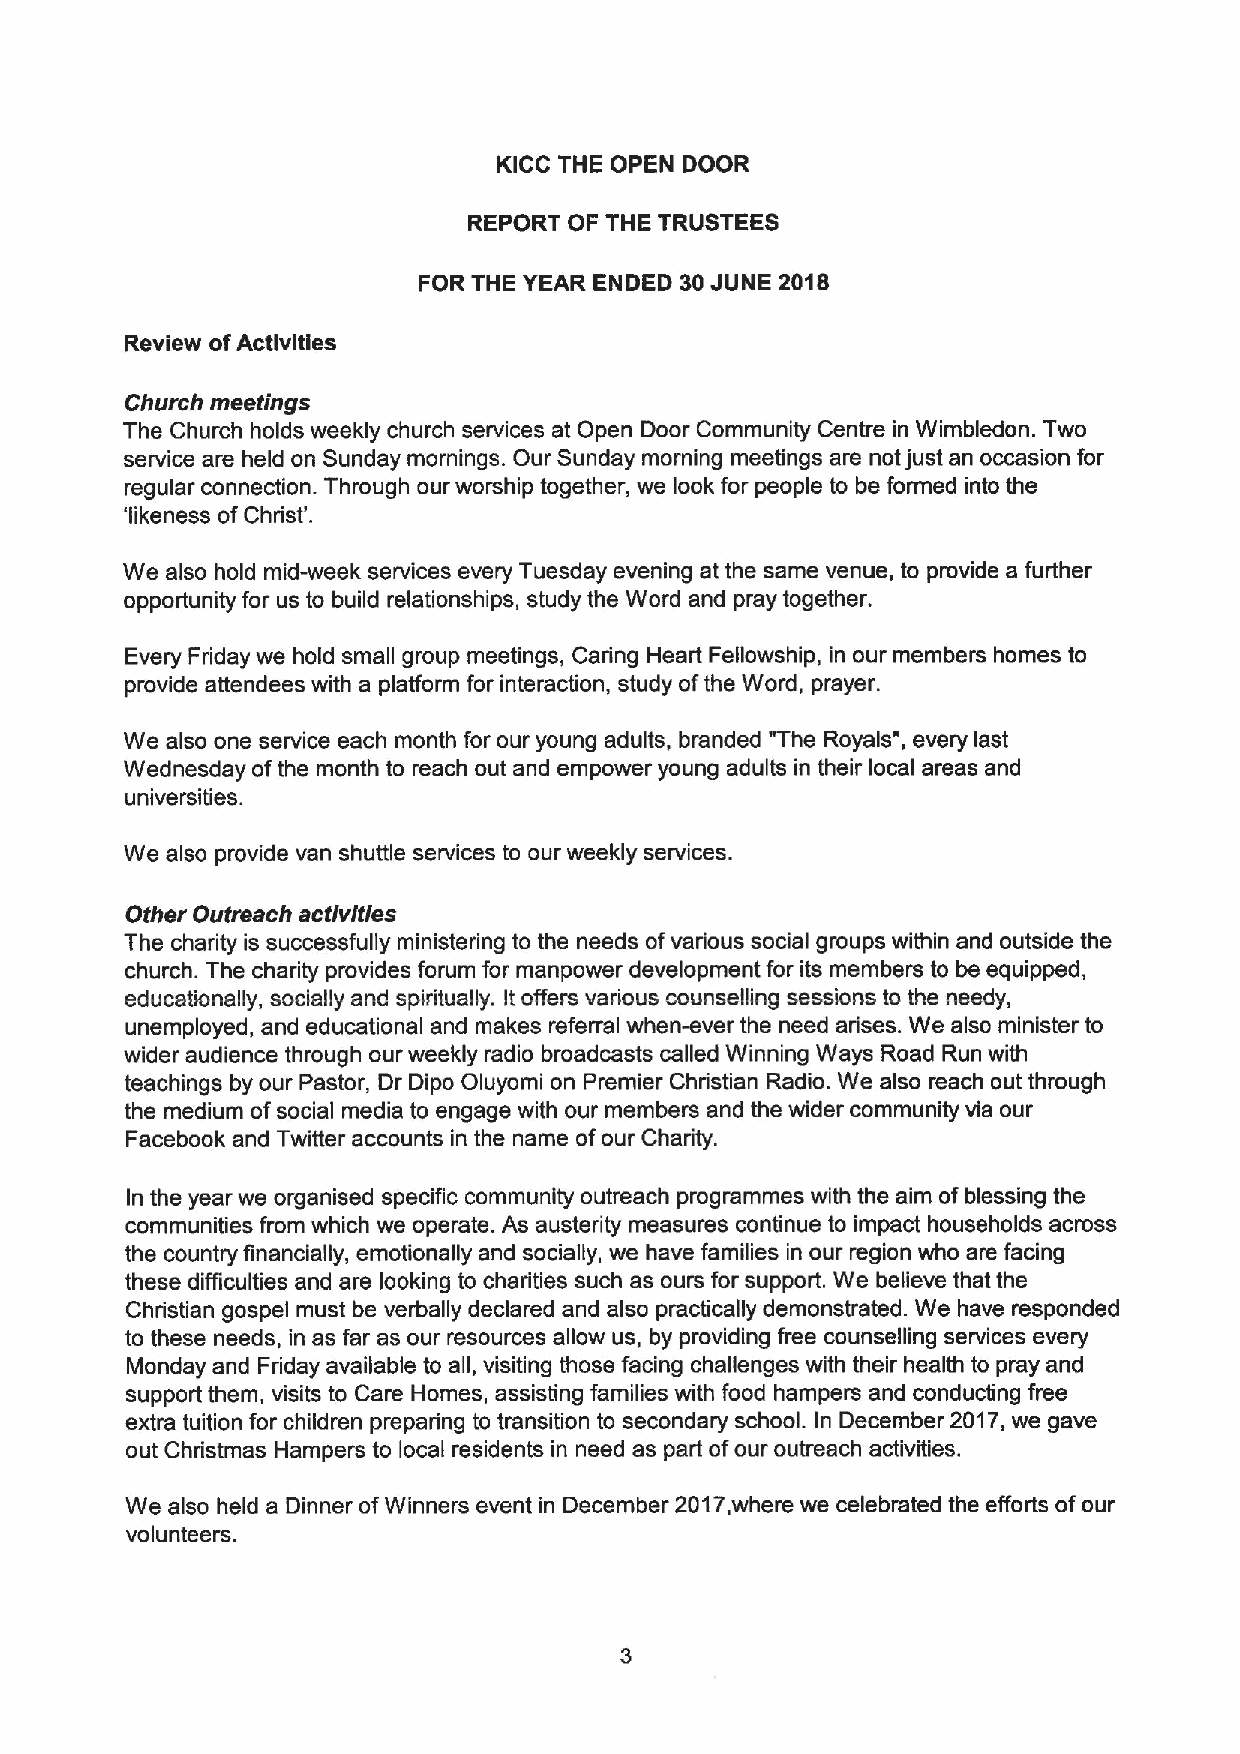
KICC THE OPEN DOOR
 REPORT OF THE TRUSTEES
 FOR THE YEAR ENDED 30JUNE 2018
 Review ofActivities
 Church meetings
 The Church holds weekly church services at Open Door Community Centre in Wimbledon. Two
 service are held on Sunday mornings. Our Sunday morning meetings are not just an occasion for
 regular connection. Through our worship together, we look for people to be formed into the
 'likeness ofChrist'.
 We also hold mid-week services every Tuesday evening at the same venue, to provide a further
 opportunity for us to build relationships, study the Word and pray together.
 Every Friday we hold small group meetings, Caring Heart Fellowship, in our members homes to
 provide attendees with a plafform for interaction, study ofthe Word, prayer.
 We also one service each month for our young adults, branded "The Royals", every last
 Wednesday ofthe month to reach out and empower young adults in their local areas and
 universities.
 We also provide van shuttle services to our weekly services.
 Other Outreach activities
 The charity is successfully ministering to the needs ofvarious social groups within and outside the
 church. The charity provides forum for manpower development for its members to be equipped,
 educationally, socially and spiritually. Itoffers various counselling sessions to the needy,
 unemployed, and educational and makes referral when-ever the need arises. We also minister to
 wider audience through our weekly radio broadcasts called Winning Ways Road Run with
 teachings by our Pastor, Dr Dipo Oluyomi on Premier Christian Radio. We also reach out through
 the medium ofsocial media to engage with our members and the wider community via our
 Facebook and Twitter accounts in the name ofour Charity.
 In the year we organised specific community outreach programmes with the aim ofblessing the
 communities from which we operate. As austerity measures continue to impact households across
 the country financially, emotionally and socially, we have families in our region who are facing
 these difficulties and are looking to charities such as ours for support. We believe that the
 Christian gospel must be verbally declared and also practically demonstrated. We have responded
 to these needs, in as far as our resources allow us, by providing free counselling services every
 Monday and Friday available to all, visiting those facing challenges with their health to pray and
 support them, visits to Care Homes, assisting families with food hampers and conducting free
 extra tuition for children preparing to transition to secondary school. In December 2017,we gave
 out Christmas Hampers to local residents in need as part ofour outreach activities.
 We also held a Dinner ofWinners event in December 2017,where we celebrated the efforts ofour
 volunteers.